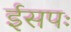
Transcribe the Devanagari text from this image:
ईसपः